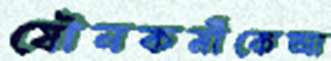
যৌনকর্মীকেআ